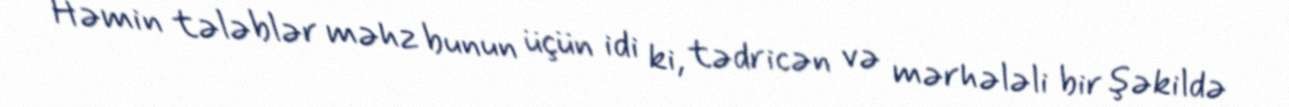
Həmin tələblər məhz bunun üçün idi ki, tədricən və mərhələli bir şəkildə